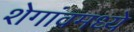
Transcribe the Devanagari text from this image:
शेगांवमध्ये